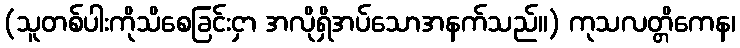
(သူတစ်ပါးကိုသိစေခြင်းငှာ အလိုရှိအပ်သောအနက်သည်။) ကုသလတ္တိကေန၊